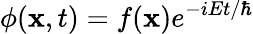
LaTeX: \phi(\mathbf{x},t)=f(\mathbf{x})e^{-iEt/\hbar}